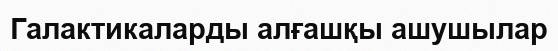
Галактикаларды алғашқы ашушылар